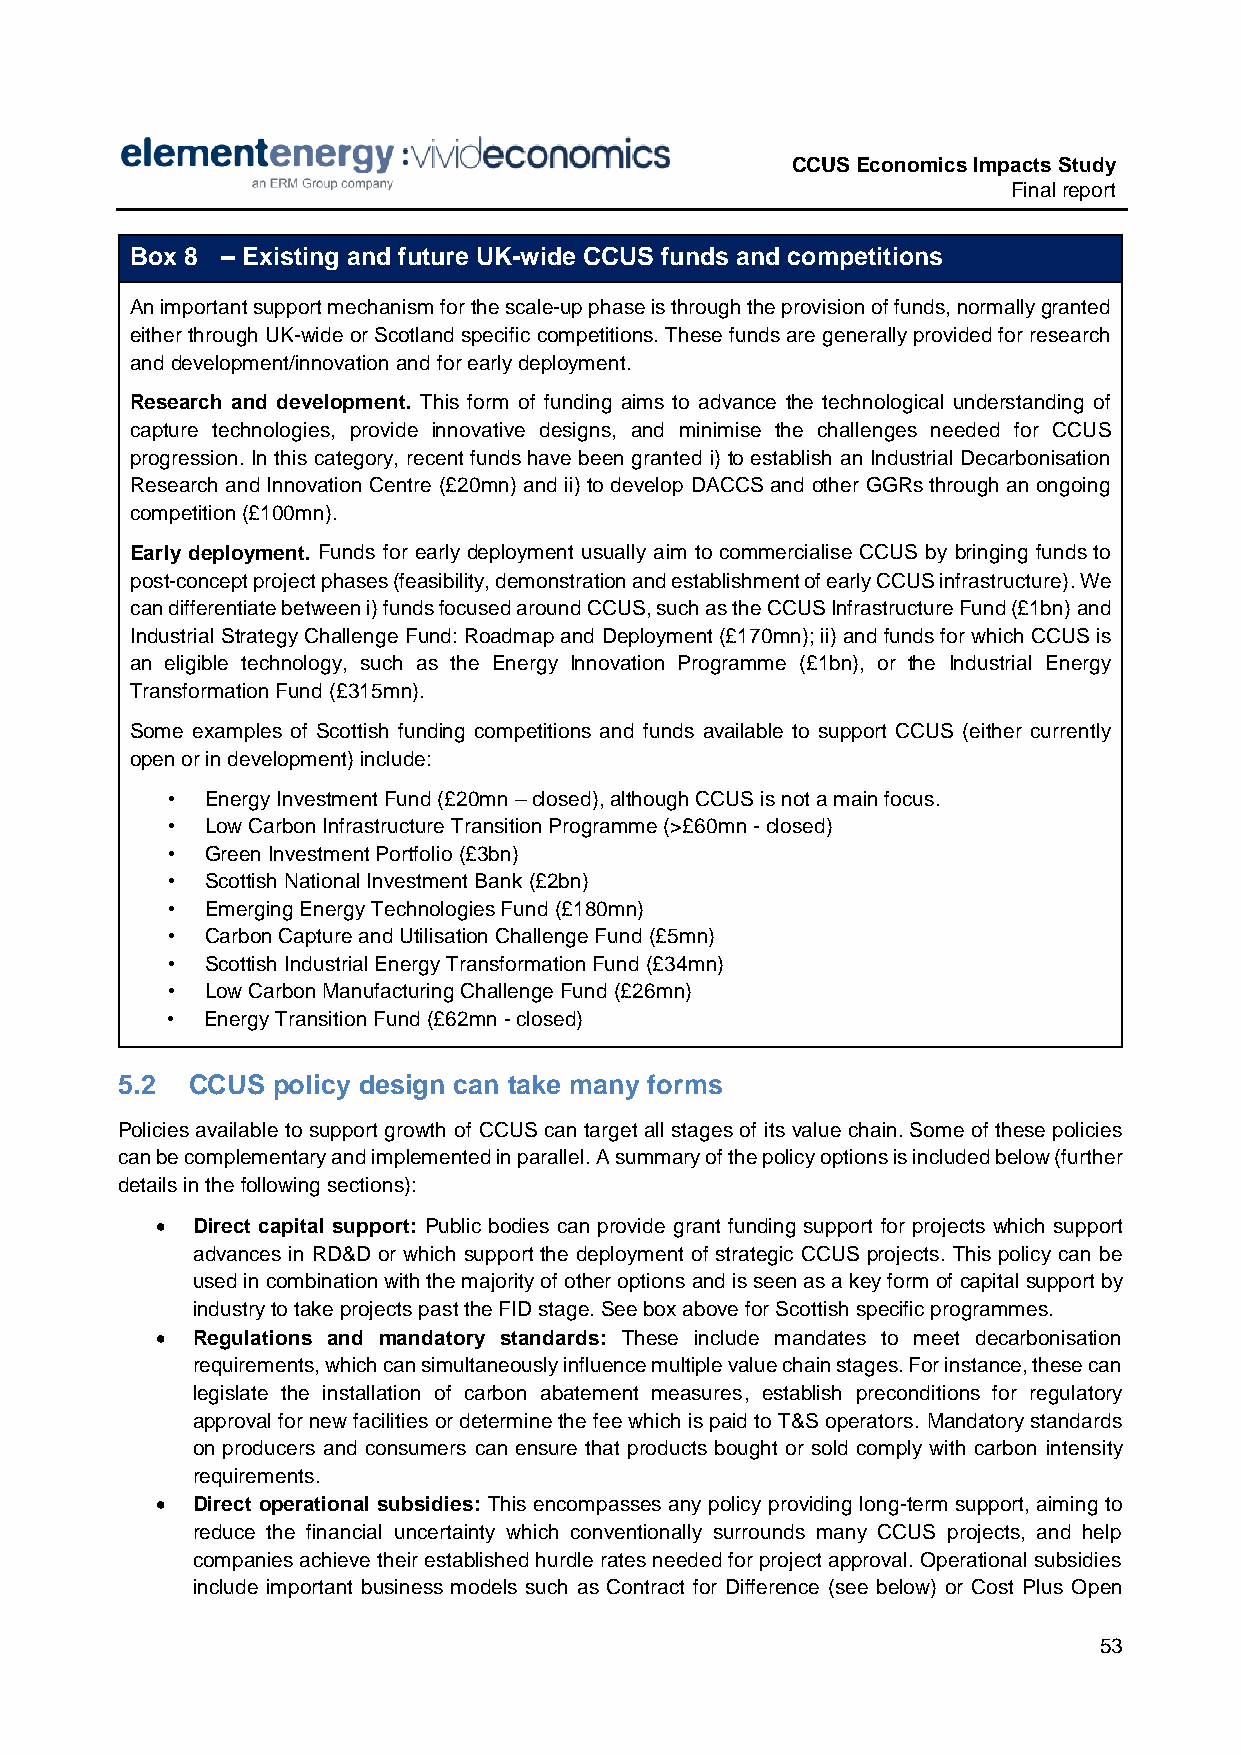
CCUS Economics Impacts Study
 Final report
 Box 8 – Existing and future UK-wide CCUS funds and competitions
 An important support mechanism for the scale-up phase is through the provision of funds, normally granted
 either through UK-wide or Scotland specific competitions. These funds are generally provided for research
 and development/innovation and for early deployment.
 Research and development. This form of funding aims to advance the technological understanding of
 capture technologies, provide innovative designs, and minimise the challenges needed for CCUS
 progression. In this category, recent funds have been granted i) to establish an Industrial Decarbonisation
 Research and Innovation Centre (£20mn) and ii) to develop DACCS and other GGRs through an ongoing
 competition (£100mn).
 Early deployment. Funds for early deployment usually aim to commercialise CCUS by bringing funds to
 post-concept project phases (feasibility, demonstration and establishment of early CCUS infrastructure). We
 can differentiate between i) funds focused around CCUS, such as the CCUS Infrastructure Fund (£1bn) and
 Industrial Strategy Challenge Fund: Roadmap and Deployment (£170mn); ii) and funds for which CCUS is
 an eligible technology, such as the Energy Innovation Programme (£1bn), or the Industrial Energy
 Transformation Fund (£315mn).
 Some examples of Scottish funding competitions and funds available to support CCUS (either currently
 open or in development) include:
 •  Energy Investment Fund (£20mn – closed), although CCUS is not a main focus.
 •  Low Carbon Infrastructure Transition Programme (>£60mn - closed)
 •  Green Investment Portfolio (£3bn)
 •  Scottish National Investment Bank (£2bn)
 •  Emerging Energy Technologies Fund (£180mn)
 •  Carbon Capture and Utilisation Challenge Fund (£5mn)
 •  Scottish Industrial Energy Transformation Fund (£34mn)
 •  Low Carbon Manufacturing Challenge Fund (£26mn)
 •  Energy Transition Fund (£62mn - closed)
 5.2 CCUS  policy design can take many forms
 Policies available to support growth of CCUS can target all stages of its value chain. Some of these policies
 can be complementary and implemented in parallel. A summary of the policy options is included below (further
 details in the following sections):
   Direct capital support: Public bodies can provide grant funding support for projects which support
 advances in RD&D or which support the deployment of strategic CCUS projects. This policy can be
 used in combination with the majority of other options and is seen as a key form of capital support by
 industry to take projects past the FID stage. See box above for Scottish specific programmes.
   Regulations and mandatory standards: These include mandates to meet decarbonisation
 requirements, which can simultaneously influence multiple value chain stages. For instance, these can
 legislate the installation of carbon abatement measures, establish preconditions for regulatory
 approval for new facilities or determine the fee which is paid to T&S operators. Mandatory standards
 on producers and consumers can ensure that products bought or sold comply with carbon intensity
 requirements.
   Direct operational subsidies: This encompasses any policy providing long-term support, aiming to
 reduce the financial uncertainty which conventionally surrounds many CCUS projects, and help
 companies achieve their established hurdle rates needed for project approval. Operational subsidies
 include important business models such as Contract for Difference (see below) or Cost Plus Open
 53